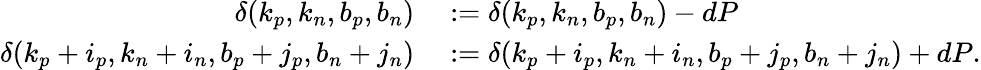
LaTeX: \begin{array}{rl}{\delta(k_{p},k_{n},b_{p},b_{n})}&{{}:=\delta(k_{p},k_{n},b_{p},b_{n})-dP}\\ {\delta(k_{p}+i_{p},k_{n}+i_{n},b_{p}+j_{p},b_{n}+j_{n})}&{{}:=\delta(k_{p}+i_{p},k_{n}+i_{n},b_{p}+j_{p},b_{n}+j_{n})+dP.}\end{array}